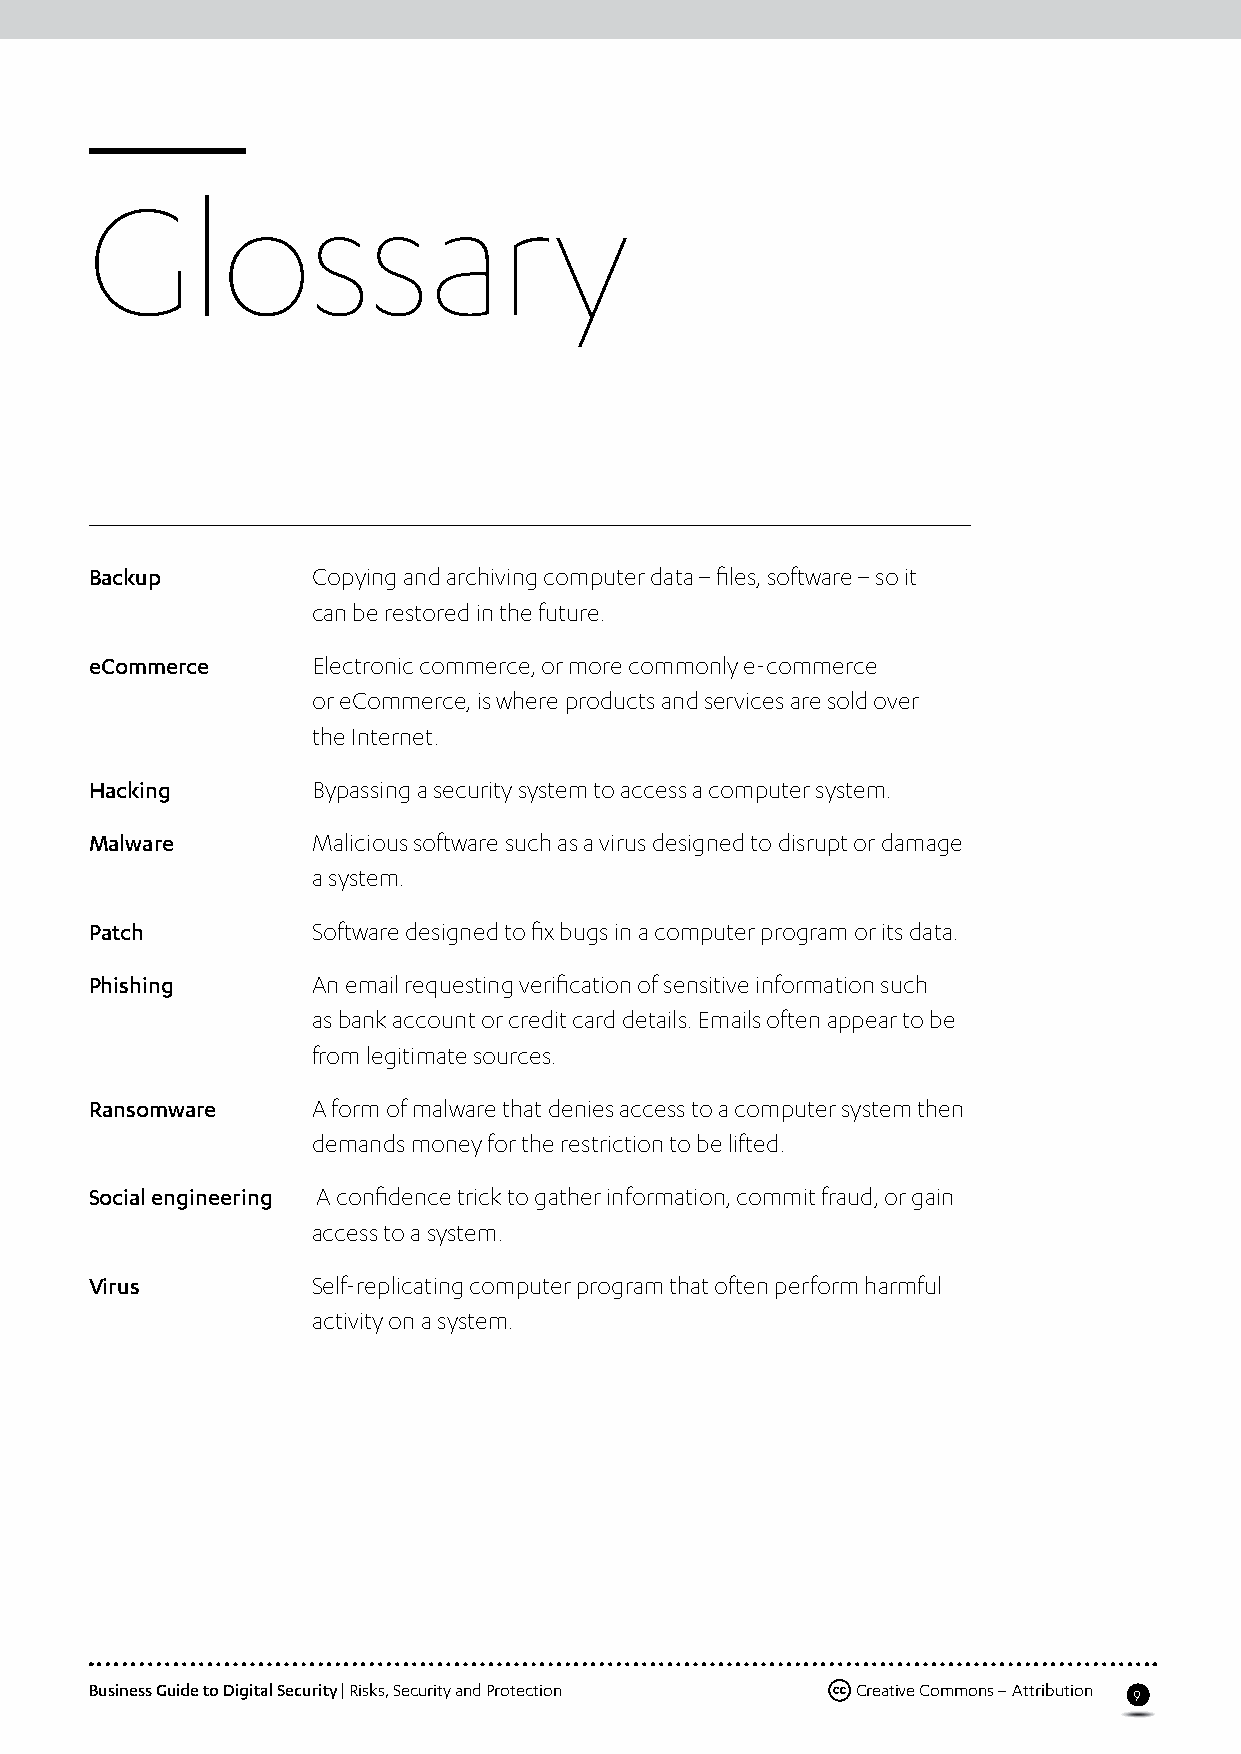
Glossary
 Backup         Copying and archiving computer data – files, software – so it
 can be restored in the future.
 eCommerce      Electronic commerce, or more commonly e-commerce
 or eCommerce, is where products and services are sold over
 the Internet.
 Hacking        Bypassing a security system to access a computer system.
 Malware        Malicious software such as a virus designed to disrupt or damage
 a system.
 Patch          Software designed to fix bugs in a computer program or its data.
 Phishing       An email requesting verification of sensitive information such
 as bank account or credit card details. Emails often appear to be
 from legitimate sources.
 Ransomware     A form of malware that denies access to a computer system then
 demands money for the restriction to be lifted.
 Social engineering A confidence trick to gather information, commit fraud, or gain
 access to a system.
 Virus          Self-replicating computer program that often perform harmful
 activity on a system.
 Business Guide to Digital Security | Risks, Security and Protection Creative Commons – Attribution
 9